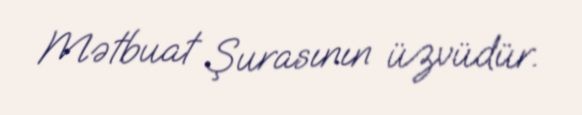
Mətbuat Şurasının üzvüdür.